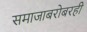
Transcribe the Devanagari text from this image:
समाजाबरोबरही